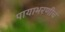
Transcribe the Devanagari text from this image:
पायाभरणीचं